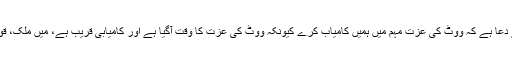
کاغذات نامزدگی کی جانچ پڑتال کے بعد میڈیا سےگفتگو کرتے ہوئے مریم نواز نے کہا کہ اللہ سے دعا ہے کہ ووٹ کی عزت مہم میں ہمیں کامیاب کرے کیونکہ ووٹ کی عزت کا وقت آگیا ہے اور کامیابی قریب ہے، میں ملک، قوم اور ووٹ کی عزت کیلئے باہر نکلی ہوں، ووٹر سے کہتی ہوں باہر نکلیں، ابھی نہیں تو کبھی نہیں۔